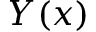
Y ( x )